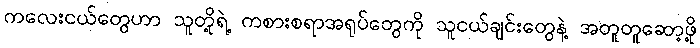
ကလေးငယ်တွေဟာ သူတို့ရဲ့ ကစားစရာအရုပ်တွေကို သူငယ်ချင်းတွေနဲ့ အတူတူဆော့ဖို့